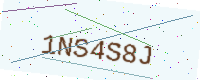
Text: 1NS4S8J